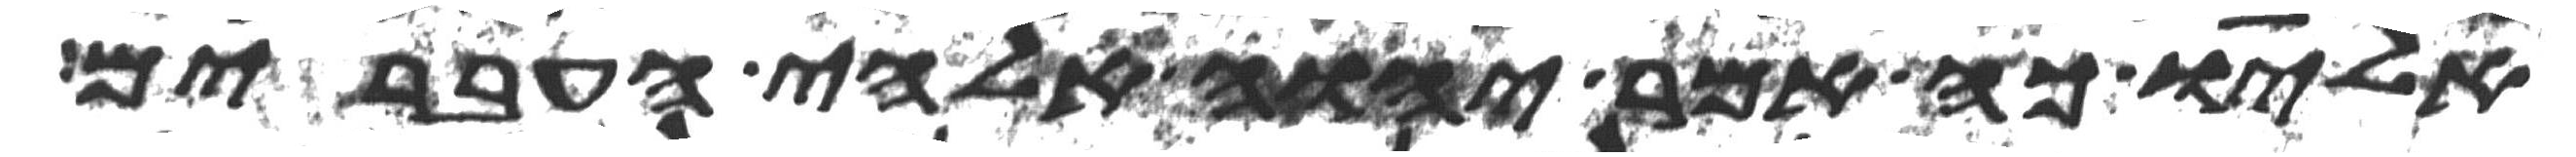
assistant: אליו כה אמר יהוה אלהי העברים